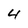
Character: 4